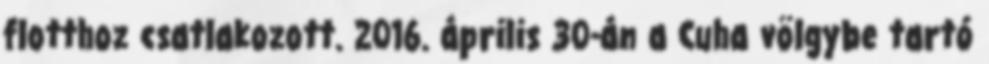
flotthoz csatlakozott. 2016. április 30-án a Cuha völgybe tartó